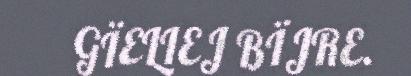
GÏELIEJ BÏJRE.